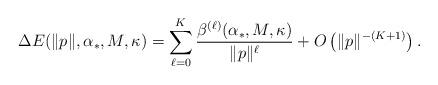
LaTeX: \begin{align*}\Delta E(\|p\|,\alpha_*,M,\kappa)=\sum_{\ell=0}^K\dfrac{\beta^{(\ell)}(\alpha_*,M,\kappa)}{\|p\|^\ell}+ O\left( \|p\|^{-(K+1)}\right).\end{align*}